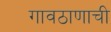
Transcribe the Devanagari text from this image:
गावठाणाची